Jaan_Tonisson_(Lasteleht), lk 480
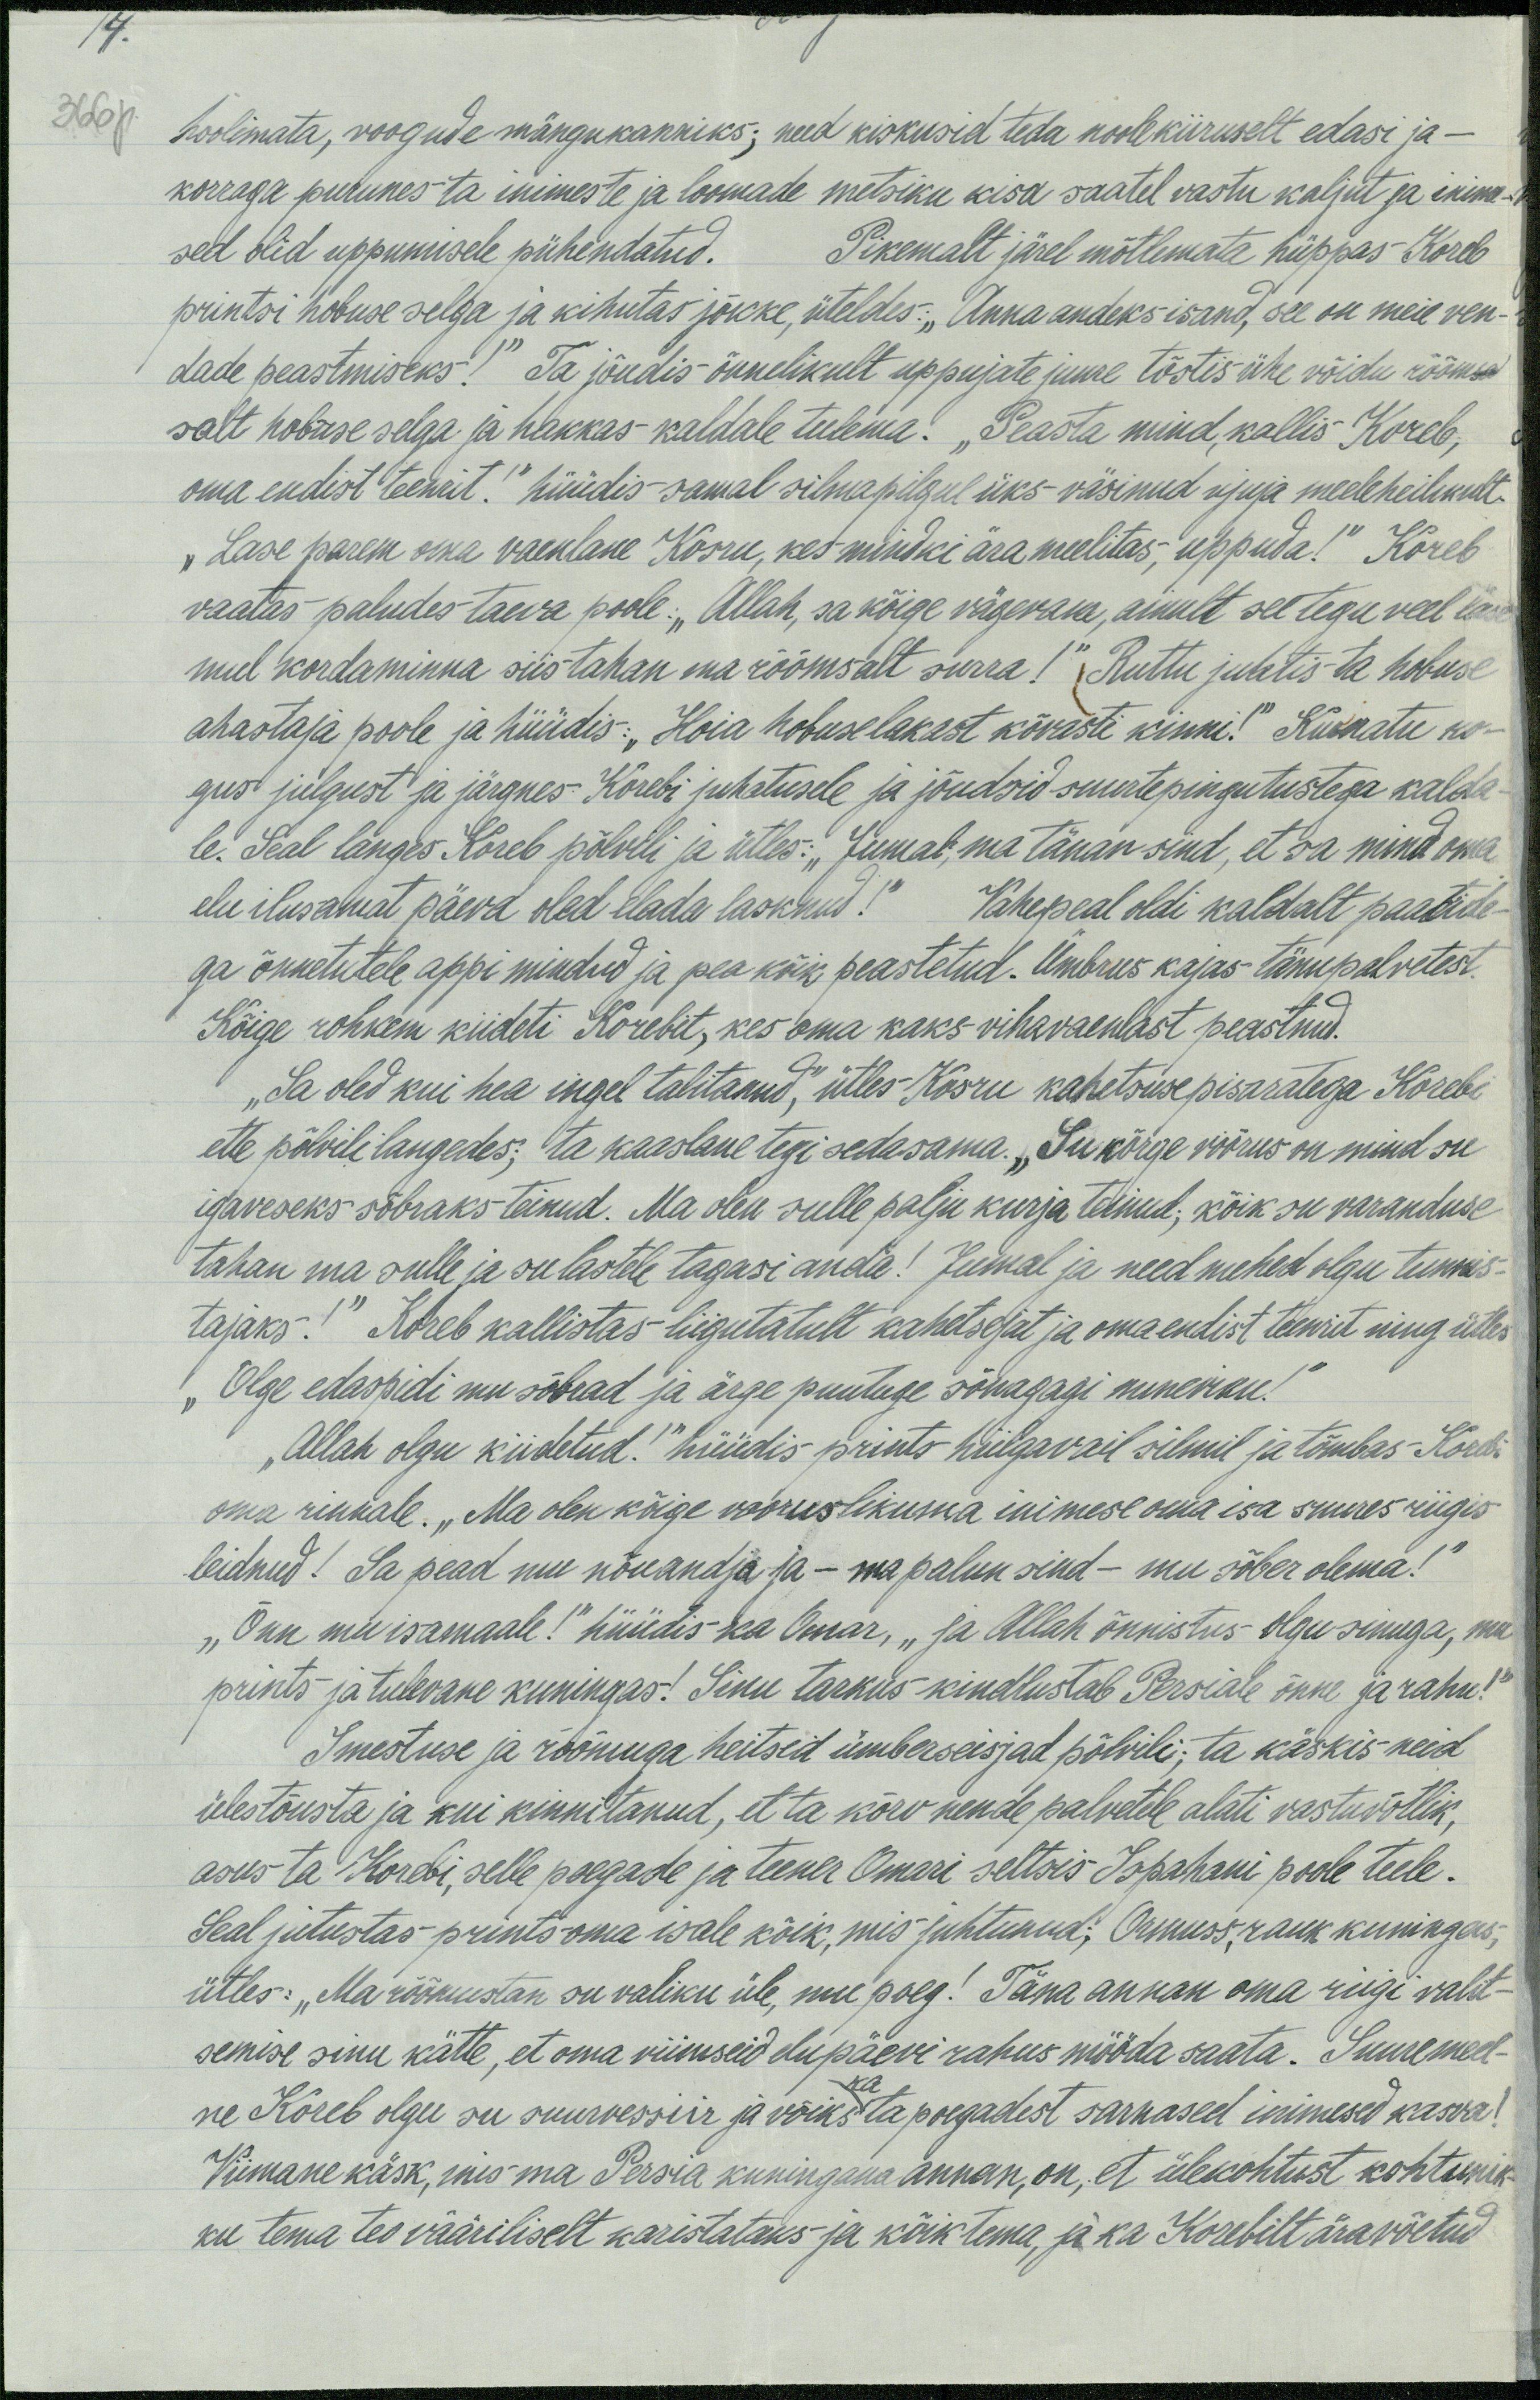
366p hoolimata, voogude mängukanniks; need kiskusid teda noolekiiruselt edasi ja
korraga purunes ta inimeste ja loomade metsiku kisa saatel vastu kaljut ja inime-
sed olid uppumisele pühendatud. Pikemalt järel mõtlemata hüppas Koreb
printsi hobuse selga ja kihutas jõkke, üteldes: "Anna andeks-isand, see on meie ven-
dade peastmiseks!" Ta jõudis õnnelikult uppujate juure tõstis ühe võidu rõõm
salt hobuse selga ja hakkas kaldale tulema. „Peasta mind, kallis Koreb,
oma endist teenrit!" hüüdis samal silmapilgul üks-väsinud ujuja meeleheilikult.
„Lase parem oma vaenlane Kosru, kes mindki ära meelitas, uppuda!" Koreb
vaatas paludes taeva poole. „Allah, sa kõige vägevam, ainult see tegu veel lase
mul kordaminna siis tahan ma rõõmsalt surra!“ Ruttu juhtis ta hobuse
ahastaja poole ja hüüdis: "Hoia hobuselakast kõvasti kinni!" Kurnatu ko-
gus julgust ja järgnes. Korebi juhatusele ja jõudsid suurtepingutustega kalda
le. Seal langes. Koreb põhvili ja ütles: "Jumal, ma tänan sind, et sa mind oma
elu ilusamat päeva oled elada lasknud!" Vahepeal oldi kaldalt paatide
ga õnnetutele appi mindud ja pea kõik peastetud. Ümbrus kajas tänupalvetest
Kõige rohkem kiideti Korebit, kes oma kaks vihavaenlast peastnud.
„Sa oled kui hea ingel talitanud," ütles Kosru kahetsuse pisaratega. Korebi
ette põlvili langedes; ta kaaslane tegi sedasama. „Su kõrge voorus on mind su
igaveseks sõbraks teinud. Ma olen sulle palju kurja teinud, kõik su varanduse
tahan ma sulle ja su lastele tagasi anda! Jumal ja need mehed olgu tunnis-
tajaks!" Koreb kallistas-liigutatult kahetsejat ja oma endist teenrit ning ütles.
"Olge edaspidi mu sõbrad" ja ärge puutuge sõnagagi mineviku!"
„Allah olgu kiidetud!“ hüüdis prints hiilgavail silmil ja tõmbas-Korebi
oma rinnale. Ma olen kõige vooruslikuma inimese oma isa suures riigis
leidnud! Sa pead mu nõuandja ja - ma palun sind - mu sõber olema!
"Õnn mu isamaale!" hüüdis ka Omar, „ja Allah õnnistus- olgu sinuga, mu
prints ja tulevane kuningas! Sinu tarkus kindlustab Persiale õnne ja rahu!"
Imestuse ja rõõmuga heitseid ümberseisjad põlvili, ta käskis neid
ülestõusta ja kui kinnitanud, et ta kõrv nende palvetele alati vastuvõtlik.
asus ta Korebi, selle poegade ja teener Omari seltsis Ispahani poole teele.
Seal jutustas prints oma isale kõik, mis juhtunud: Ormuss, rauk kuningas,
ütles: "Ma rõõmustan su valiku üle, mu poeg! Täna annan oma riigi valt-
semise sinu kätte, et oma viimseid elupäevi rahus mööda saata. Suuremeel-
ne Koreb olgu su suurvessiir ja võiks ka ta poegadest sarnased inimesed kasva!
Viimane käsk, mis ma Persia kuningana annan, on, et ülekohtust kohtunik-
ku tema teo vääriliselt karistataks ja kõik tema, ja ka Korebilt äravõetud